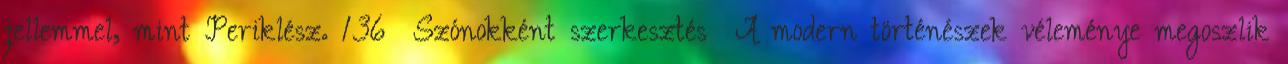
jellemmel, mint Periklész. 136 Szónokként szerkesztés A modern történészek véleménye megoszlik